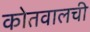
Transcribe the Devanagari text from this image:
कोतवालची